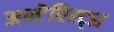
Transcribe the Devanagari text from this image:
अक्टेविस्ट्स